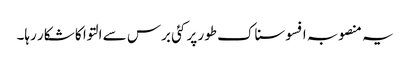
یہ منصوبہ افسوسناک طور پر کئی برس سے التوا کا شکار رہا۔